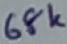
Text: 68K